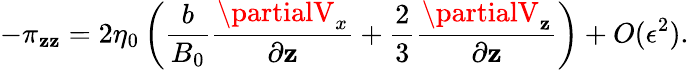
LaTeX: -\pi_{\mathbf{z}\mathbf{z}}=2\eta_{0}\left(\frac{{b}}{{B_{0}}}\frac{{\partialV_{x}}}{{\partial\mathbf{z}}}+\frac{{2}}{{3}}\frac{{\partialV_{\mathbf{z}}}}{{\partial\mathbf{z}}}\right)+O(\epsilon^{2}).